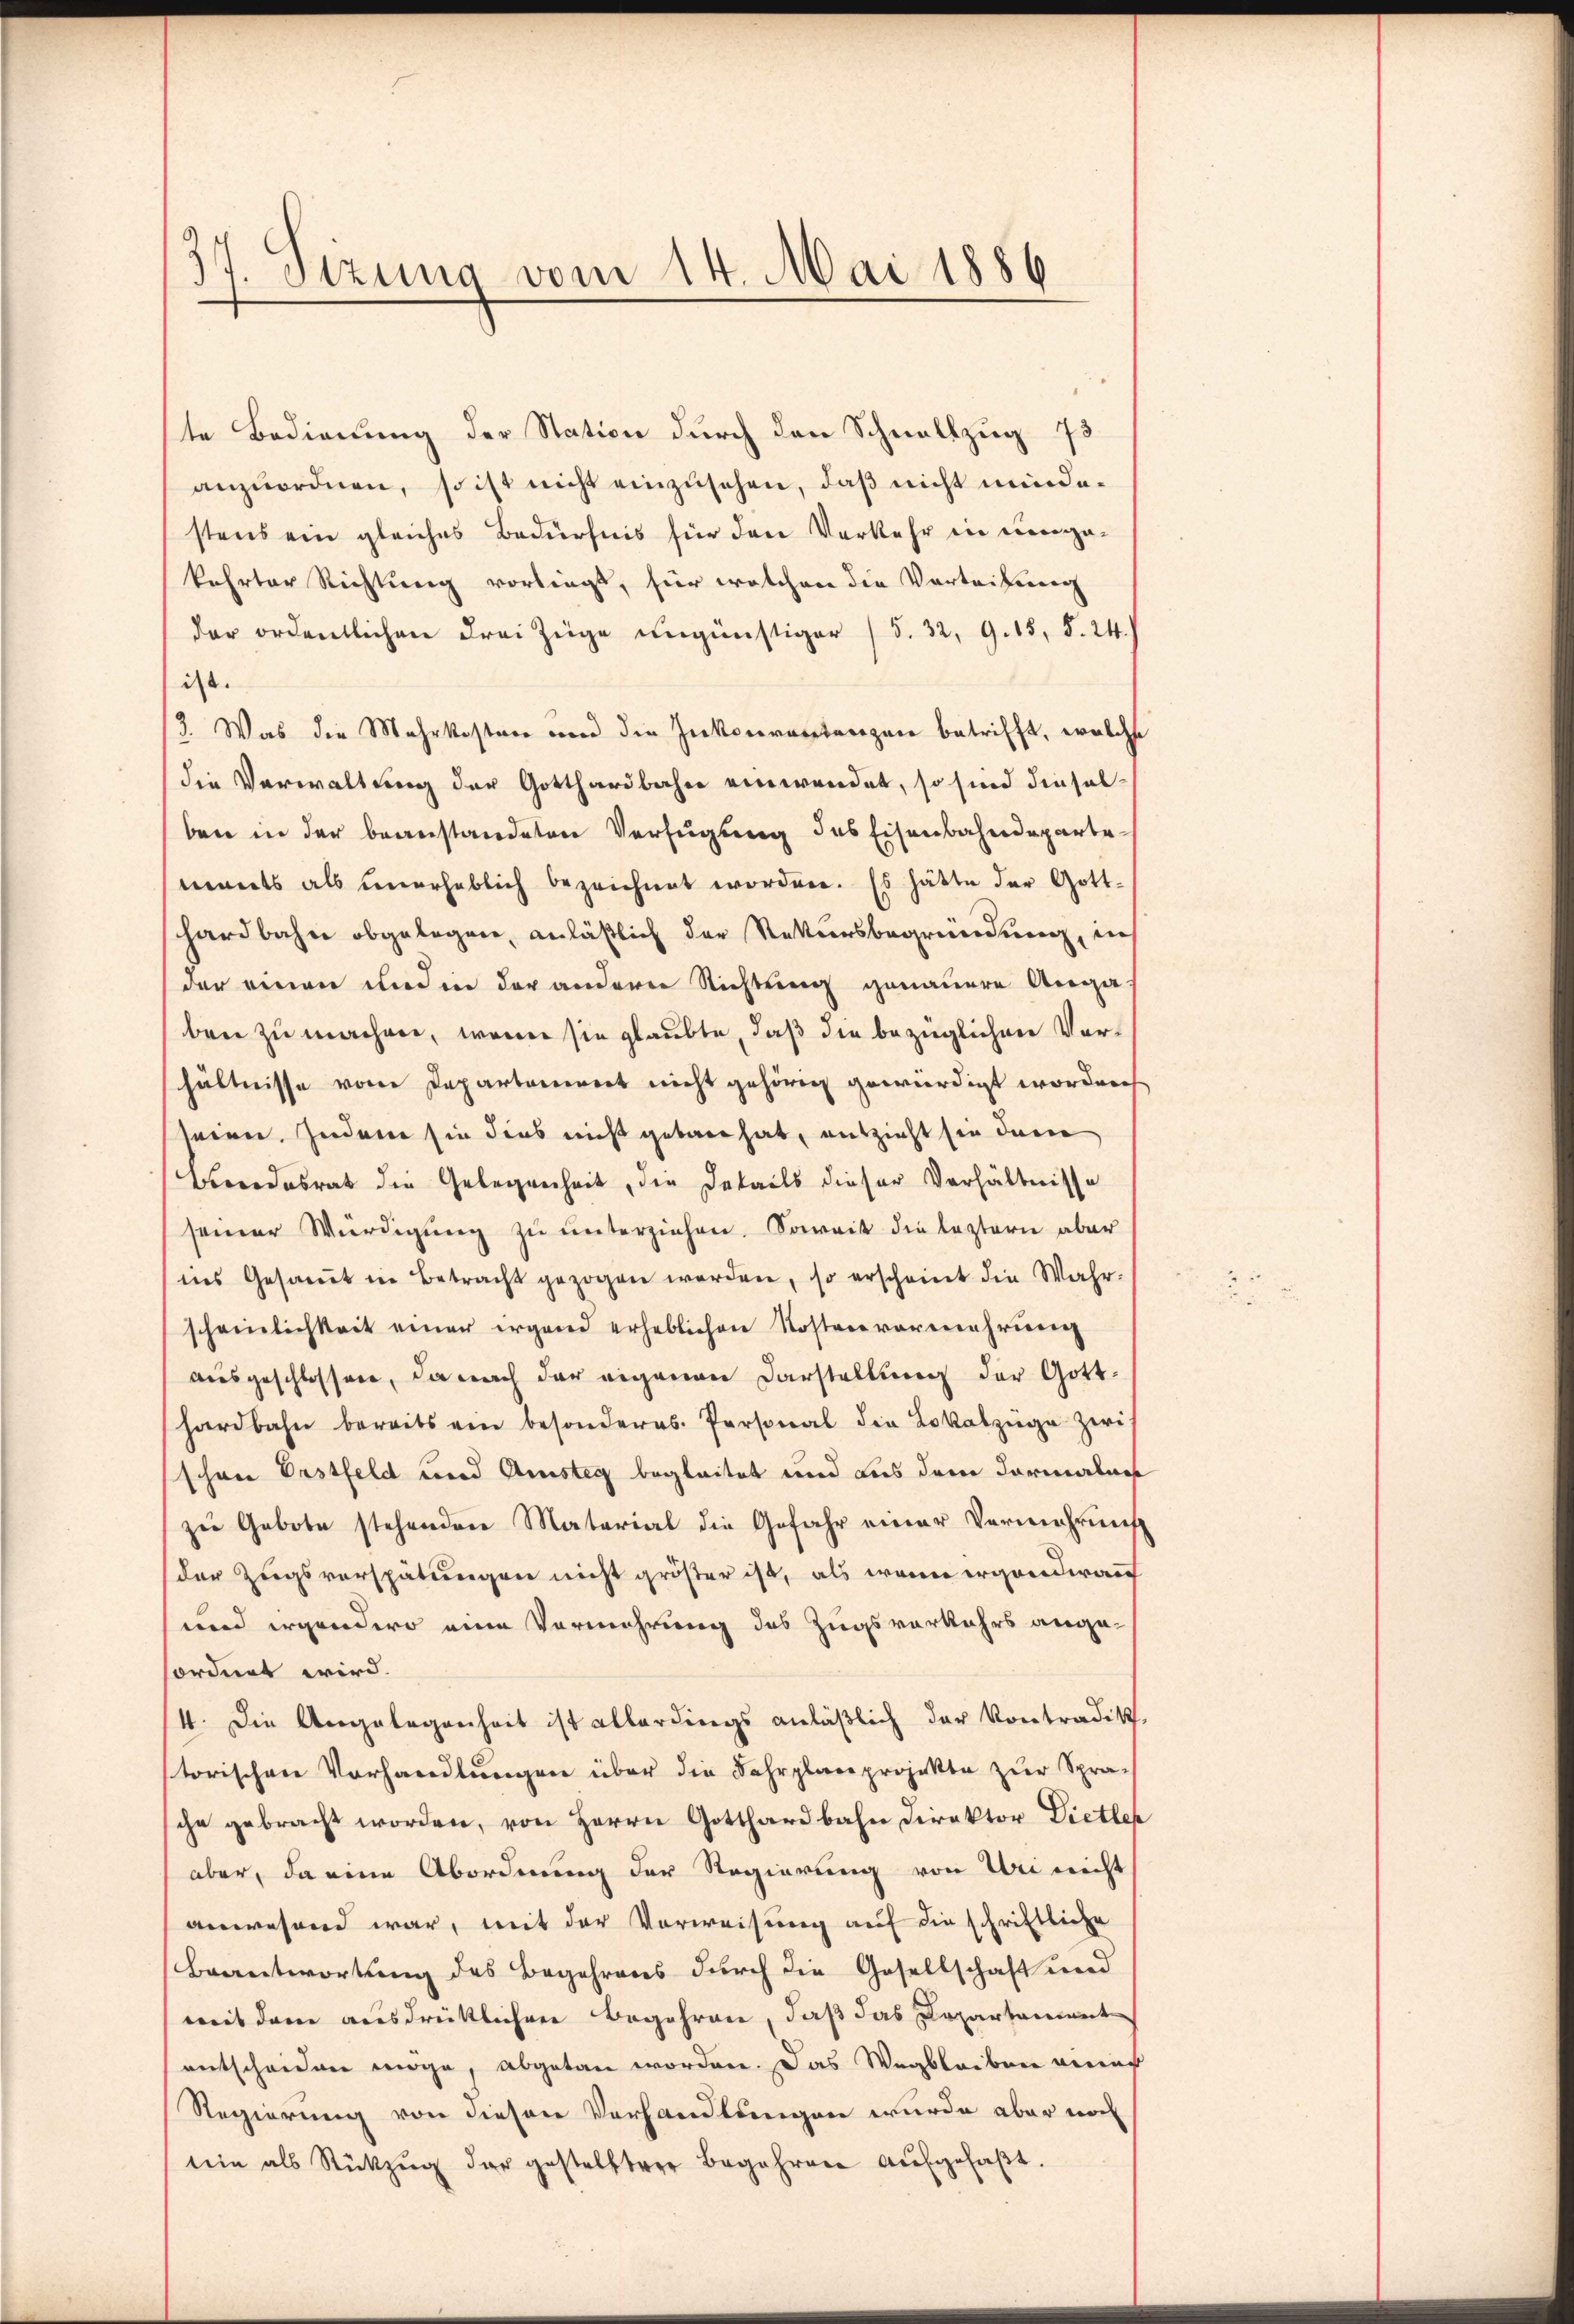
37 Sizung vom 14. Mai 1886

te Bedienung der Station durch den Schnellzug 73
anzuordnen, so ist nicht einzusehen, daß nicht mindestens ein gleiches Bedürfnis für den Vorkehr ein eingakehrter Richtung vorliegt, für welchen die Vortribung
der ordentlichen drei Züge ungünstiger (S. 32, 9. 15, S. 24.
ist.
2. Was die Mehrkosten und die Inkonventerzen betrifft, welche
die Verwaltung der Gotthardbahn einwendet, so sind dieselben in der beanstandeten Verfügung des Eisenbahndepartemants als unerheblich bezeichnet worden. Es hätte der Gott-
hardbahn abgelegen, anläßlich der Rekursbegründung, in
der einen und in der anderer Richtung genauere Angaben zu machen, wenn sie glaubte, daß die bezüglichen Vorhältnisse vom Departeniret nicht gehörig gewürdigt worden
seien. Zudem sie dies nicht gebaut hat, entzieht sie dann
Beredesrat die Gelegenheit, die Details dieser Verhältnisse
seiner Würdigŭng zu unterziehen. Soweit die leztern aber
ins Gesaṁt in Betracht gezogen werden, so erscheint die Wahr-
scheinlichkeit einer irgend erheblichen Kostenvermehrung
ausgeschlossen, da nach der eigenen Darstellung der Gotthardbahn bereits ein besonderes. Personal die Lokalzüge zwi
schöne Erstfeld und Amsteg begleitet und aus dem Formalues
zu Gebote stehenden Material die Gefahr einer Vermehrung
der Zugsverspätungen nicht größer ist, als wenn ergändwan
und ergendero eine Vermehrung des Zugsverkehrs angesordnet wird.
14. Die Angelegenheit ist allerdings anläßlich der Kontradik
torischen Vorhandlungen über die Fahrplanprojekte zur Spra-
sche gebracht worden, von Herrn Gotthardbahn Direktor Diethe
aber, da eine Abordnung der Regierung von Uri nicht
anwesend war, mit der Vorweisung auf die schriftliche
Beantwortung des Begehrens durch die Gesellschaft und
mit dem ausdrüklichen Begehren, daß das Departament
entscheiden möge, abgetan worden. Das Wegbleiben verruf
Regierung von diesen Vorhandlungen wurde aber noch
sein als Rückzŭg der gestellter Begehren aŭfgefaβt.